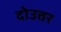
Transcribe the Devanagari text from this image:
दोउतर